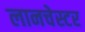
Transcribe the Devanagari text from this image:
लानचेस्टर